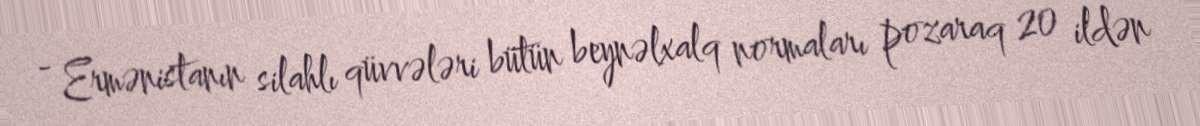
- Ermənistanın silahlı qüvvələri bütün beynəlxalq normaları pozaraq 20 ildən